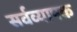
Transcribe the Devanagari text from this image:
सर्वव्‍यापक